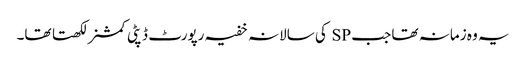
یہ وہ زمانہ تھا جب SP کی سالانہ خفیہ رپورٹ ڈپٹی کمشنر لکھتا تھا۔